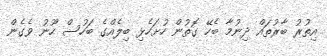
އިތުރު ބާރުތައް ދިނުމާ ބެހޭ ގޮތުން ހުށަހެޅި ބިލެއްގެ ބަހުސް ހޫނު ވެގެން